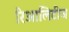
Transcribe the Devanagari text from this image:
रिआलिटीज